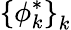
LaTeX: \left\{ \phi_{k}^{*}\right\} _{k}